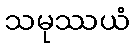
သမုဿယံ